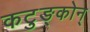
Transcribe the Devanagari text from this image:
कटुङ्कोन्